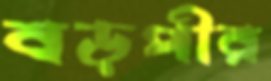
বড়পীর